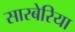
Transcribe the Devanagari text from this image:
सारबेरिया